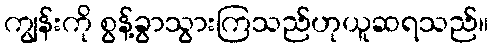
ကျွန်းကို စွန့်ခွာသွားကြသည်ဟုယူဆရသည်။